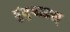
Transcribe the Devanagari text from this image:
पुंयुग्मकश्